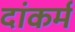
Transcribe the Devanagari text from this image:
दांकर्म